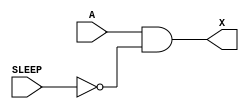
module sky130_fd_sc_lp__iso0p_3 (
    X    ,
    A    ,
    SLEEP
);
    output X    ;
    input  A    ;
    input  SLEEP;
    wire sleepn;
    not not0 (sleepn, SLEEP          );
    and and0 (X     , A, sleepn      );
endmodule